Document type: Sale
Year: 1451
Scribe: [Unknown]
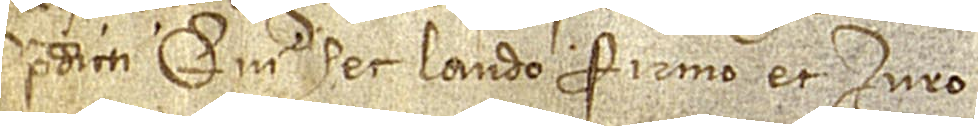
predicti, qui hec laudo, firmo et iuro.